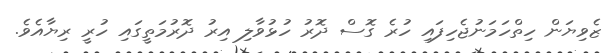
ޒެވިޔަން ހިތްހަމަނުޖެހިފައި ހުރެ ގޮސް ދޮރު ހުޅުވާލި އިރު ދޮރުމަތީގައި ހުރީ ރިޔާއެވެ.